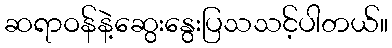
ဆရာဝန်နဲ့ဆွေးနွေးပြသသင့်ပါတယ်။